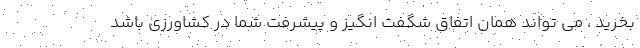
بخرید ، می تواند همان اتفاق شگفت انگیز و پیشرفت شما در کشاورزی باشد